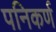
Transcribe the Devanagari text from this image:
पनिकर्ण